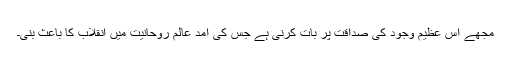
مجھے اُس عظیم وجود کی صداقت پر بات کرنی ہے جس کی آمد عالمِ روحانیت میں انقلاب کا باعث بنی۔